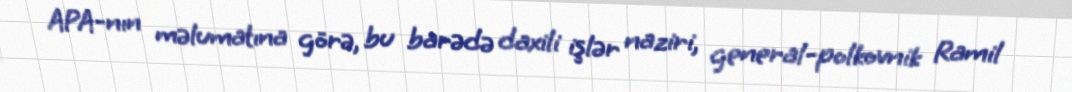
APA-nın məlumatına görə, bu barədə daxili işlər naziri, general-polkovnik Ramil